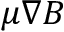
\mu \nabla B